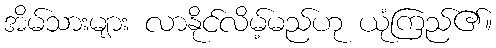
အိမ်သားများ လာနိုင်လိမ့်မည်ဟု ယုံကြည်၏။